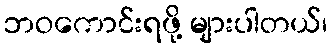
ဘဝကောင်းရဖို့ များပါတယ်၊